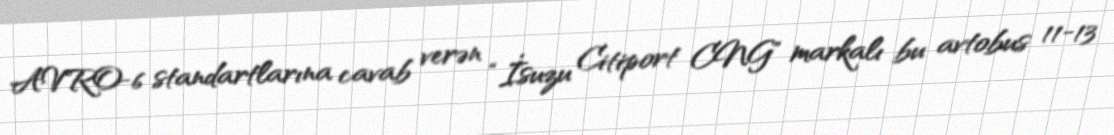
AVRO-6 standartlarına cavab verən “İsuzu Citiport CNG” markalı bu avtobus 11-13